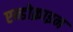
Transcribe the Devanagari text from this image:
एन्डोक्राइन